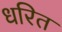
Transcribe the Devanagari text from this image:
धरित